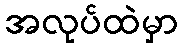
အလုပ်ထဲမှာ